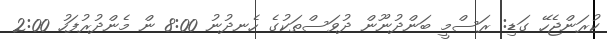
ކުރަންޖެހޭ ގަޑި: ރަސްމީ ބަންދުނޫން ދުވަސްތަކުގެ ހެނދުނު 8:00 ން މެންދުރުފަހު 2:00